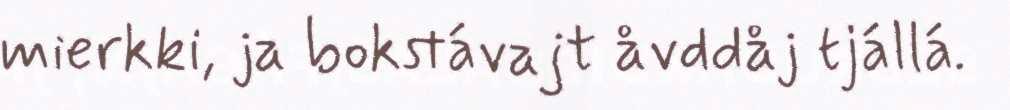
mierkki, ja bokstávajt åvddåj tjállá.